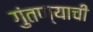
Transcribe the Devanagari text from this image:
गुंतण्याची